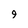
Character: 9